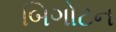
બિગોટન